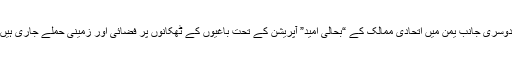
دوسری جانب یمن میں اتحادی ممالک کے “بحالی امید” آپریشن کے تحت باغیوں کے ٹھکانوں پر فضائی اور زمینی حملے جاری ہیں۔